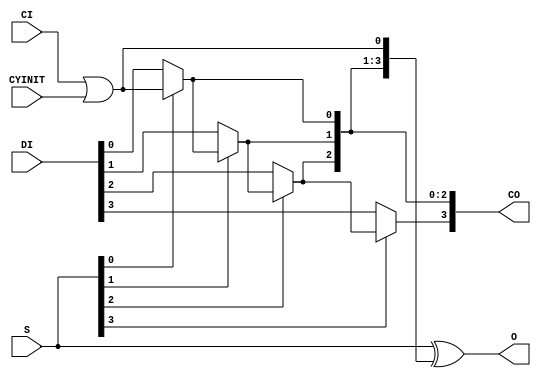
module CARRY4WHOLE(output [3:0] CO, O, input CI, CYINIT, input [3:0] DI, S);
  assign O = S ^ {CO[2:0], CI | CYINIT};
  assign CO[0] = S[0] ? CI | CYINIT : DI[0];
  assign CO[1] = S[1] ? CO[0] : DI[1];
  assign CO[2] = S[2] ? CO[1] : DI[2];
  assign CO[3] = S[3] ? CO[2] : DI[3];
endmodule